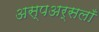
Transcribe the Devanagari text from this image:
अस्पअर्सलाँ